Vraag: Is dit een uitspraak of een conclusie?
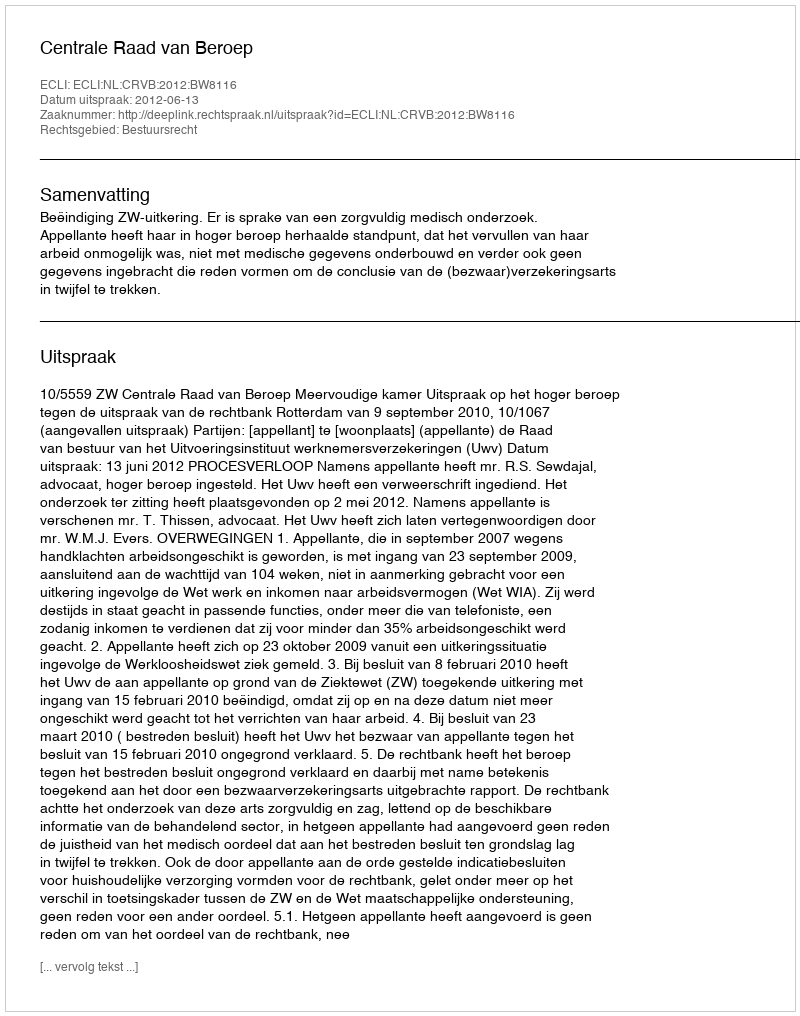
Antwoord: Uitspraak